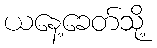
ယနေ့ခေတ်သို့